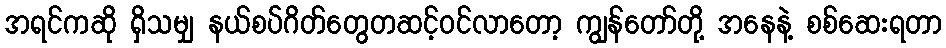
အရင်ကဆို ရှိသမျှ နယ်စပ်ဂိတ်တွေတဆင့်ဝင်လာတော့ ကျွန်တော်တို့ အနေနဲ့ စစ်ဆေးရတာ